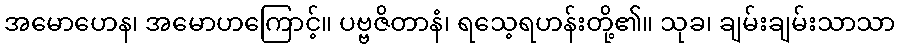
အမောဟေန၊ အမောဟကြောင့်။ ပဗ္ဗဇိတာနံ၊ ရသေ့ရဟန်းတို့၏။ သုခ၊ ချမ်းချမ်းသာသာ